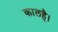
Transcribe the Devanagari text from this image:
कालहै।